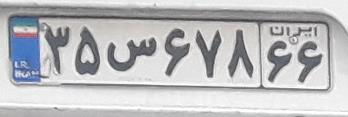
۳۵س۶۷۸۶۶